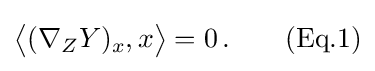
{\bigl \langle }(\nabla _{Z}Y)_{x},x{\bigr \rangle }=0\,.\qquad {\text{(Eq.1)}}